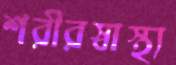
শরীরস্বাস্থ্য